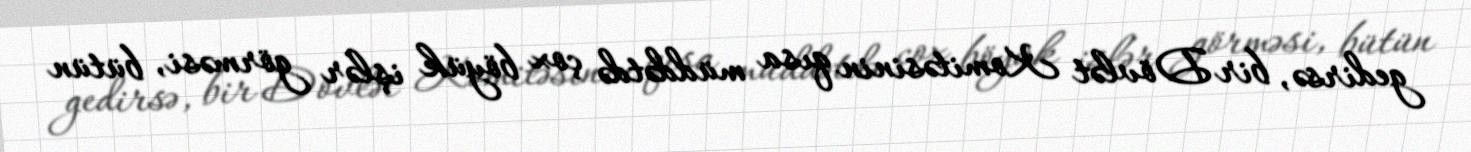
gedirsə, bir Dövlət Komitəsinin qısa müddətdə çox böyük işlər görməsi, bütün